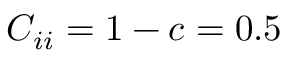
C _ { i i } = 1 - c = 0 . 5